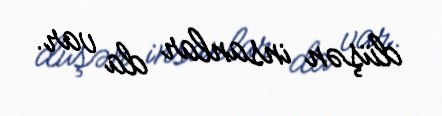
düşən insanlar da var.